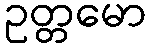
ဥတ္တမော